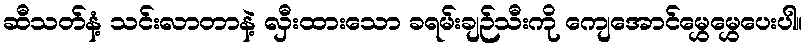
ဆီသတ်နံ့ သင်းလာတာနဲ့ လှီးထားသော ခရမ်းချဉ်သီးကို ကျေအောင်မွှေမွှေပေးပါ။